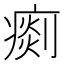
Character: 𤸹